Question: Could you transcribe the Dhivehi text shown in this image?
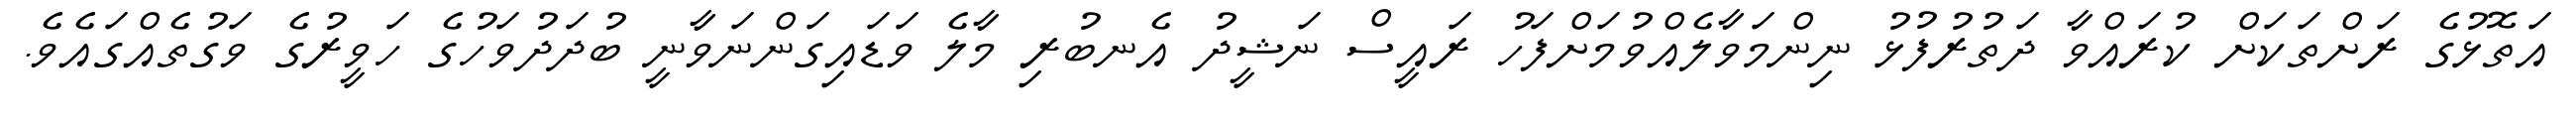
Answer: އަތޮޅުގެ ރަށްތަކަށް ކުރައްވާ ދަތުރުފުޅު ނިންމަވާލެއްވުމަށްފަހު ރައީސް ނަޝީދު އެނބުރި މާލެ ވަޑައިގަންނަވާނީ ބުދަދުވަހުގެ ހަވީރުގެ ވަގުތެއްގައެވެ.